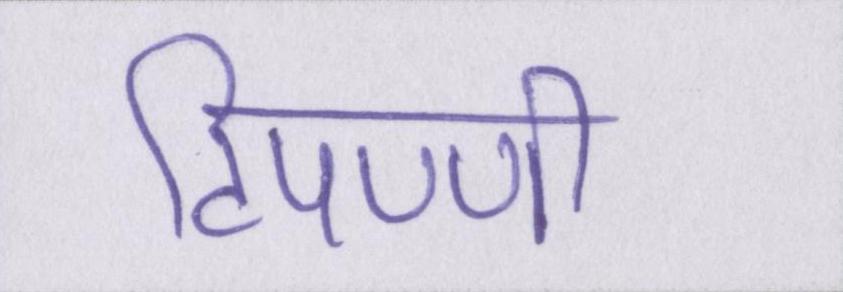
टिपण्णी